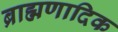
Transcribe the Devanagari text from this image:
ब्राह्मणादिक